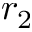
r _ { 2 }